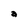
Character: a